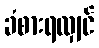
ခံစားရလျှင်